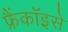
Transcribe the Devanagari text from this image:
फ्रैंकॉइसे